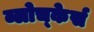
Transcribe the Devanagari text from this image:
ब्लोच्केर्स